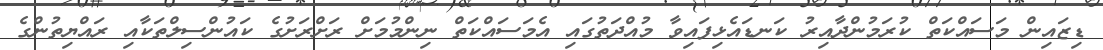
ޑިޒައިން މަސައްކަތް ކުރަމުންދާއިރު ކަނޑައެޅިފައިވާ މުއްދަތުގައި އެމަސައްކަތް ނިންމުމަށް ރަށްރަށުގެ ކައުންސިލްތަކާއި ރައްޔިތުންގެ